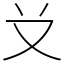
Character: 𠬠